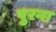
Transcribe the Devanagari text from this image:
पुरना